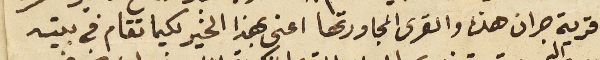
قرية جران هذه والقرى المجاورتها اعنى بهذا الخير لكيما تقام في بيته